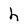
Character: h